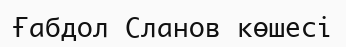
Ғабдол Сланов көшесі